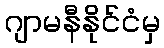
ဂျာမနီနိုင်ငံမှ